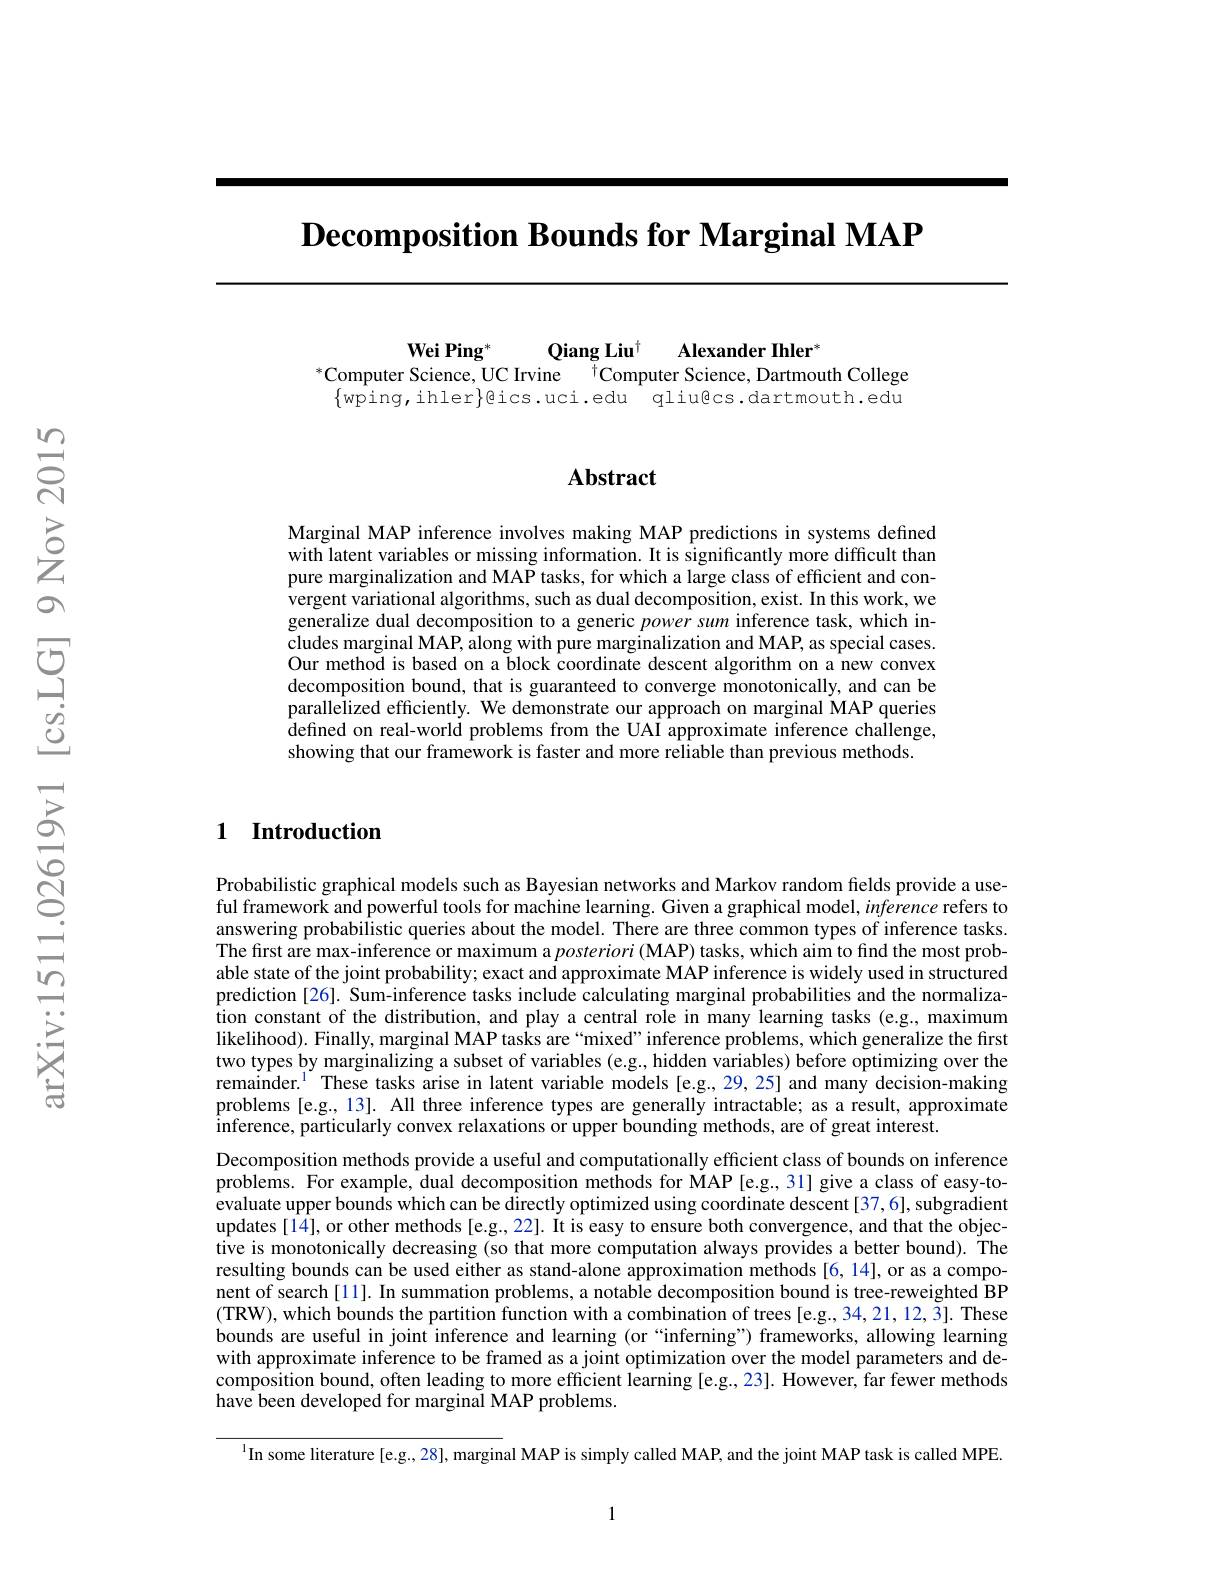
$\textbf{Decomposition Bounds for Marginal MAP}$

Wei Ping*
Qiang Liu$^{\dagger}$
Alexander Ihler"
$^*$Computer Science, UC Irvine
$^{\dagger}$Computer Science, Dartmouth College
$\{$wping,ihler$\}$gics.uci.edu qliugcs.dartmouth.edu

### $\mathbf{Abstract}$

Marginal MAP inference involves making MAP predictions in systems defined with latent variables or missing information. It is significantly more difficult than pure marginalization and MAP tasks, for which a large class of efficient and convergent variational algorithms, such as dual decomposition, exist. In this work, we generalize dual decomposition to a generic power sum inference task, which includes marginal MAP, along with pure marginalization and MAP, as special cases. Our method is based on a block coordinate descent algorithm on a new convex decomposition bound, that is guaranteed to converge monotonically, and can be parallelized efficiently. We demonstrate our approach on marginal MAP queries defined on real-world problems from the UAI approximate inference challenge, showing that our framework is faster and more reliable than previous methods.

### 1 Introduction

Probabilistic graphical models such as Bayesian networks and Markov random fields provide a useful framework and powerful tools for machine learning. Given a graphical model, inference refers to answering probabilistic queries about the model. There are three common types of inference tasks. The first are max-inference or maximum a posteriori (MAP) tasks, which aim to find the most probable state of the joint probability; exact and approximate MAP inference is widely used in structured prediction [26]. Sum-inference tasks include calculating marginal probabilities and the normalization constant of the distribution, and play a central role in many learning tasks (e.g., maximum likelihood). Finally, marginal MAP tasks are“mixed”inference problems, which generalize the first two types by marginalizing a subset of variables (e.g., hidden variables) before optimizing over the remainder.$^{1}$These tasks arise in latent variable models [e.g.,29,25] and many decision-making problems [e.g,13]. All three inference types are generally intractable; as a result, approximate inference, particularly convex relaxations or upper bounding methods, are of great interest.
Decomposition methods provide a useful and computationally efficient class of bounds on inference $\hat{\text{problems. For example, dual decomposition methods for MAP[e.g.,31] give a class of easy-to-}}$ evaluate upper bounds which can be directly optimized using coordinate descent[37,6], subgradient updates [14], or other methods [e.g.,22]. It is easy to ensure both convergence, and that the objective is monotonically decreasing (so that more computation always provides a better bound). The resulting bounds can be used either as stand-alone approximation methods[6,14], or as a component of search [11]. In summation problems, a notable decomposition bound is tree-reweighted BP (TRW), which bounds the partition function with a combination of trees [e.g.,34,21,12,3]. These bounds are useful in joint inference and learning (or“inferning”) frameworks, allowing learning with approximate inference to be framed as a joint optimization over the model parameters and decomposition bound, often leading to more efficient learning [e.g.,23]. However, far fewer methods have been developed for marginal MAP problems.

$^{1}$In some literature[e.g., 28], marginal MAP is simply called MAP, and the joint MAP task is called MPE.

1